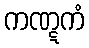
ကဏ္ဋကံ